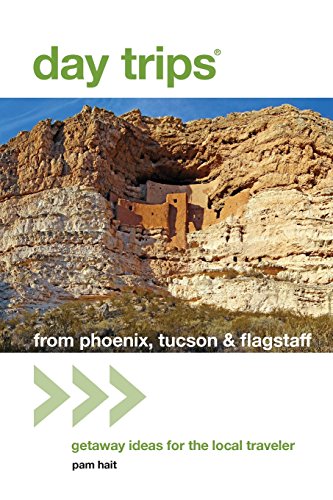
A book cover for Day TripsÂ® from Phoenix, Tucson & Flagstaff: Getaway Ideas for the Local Traveler (Day Trips Series); Pam Hait; Travel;